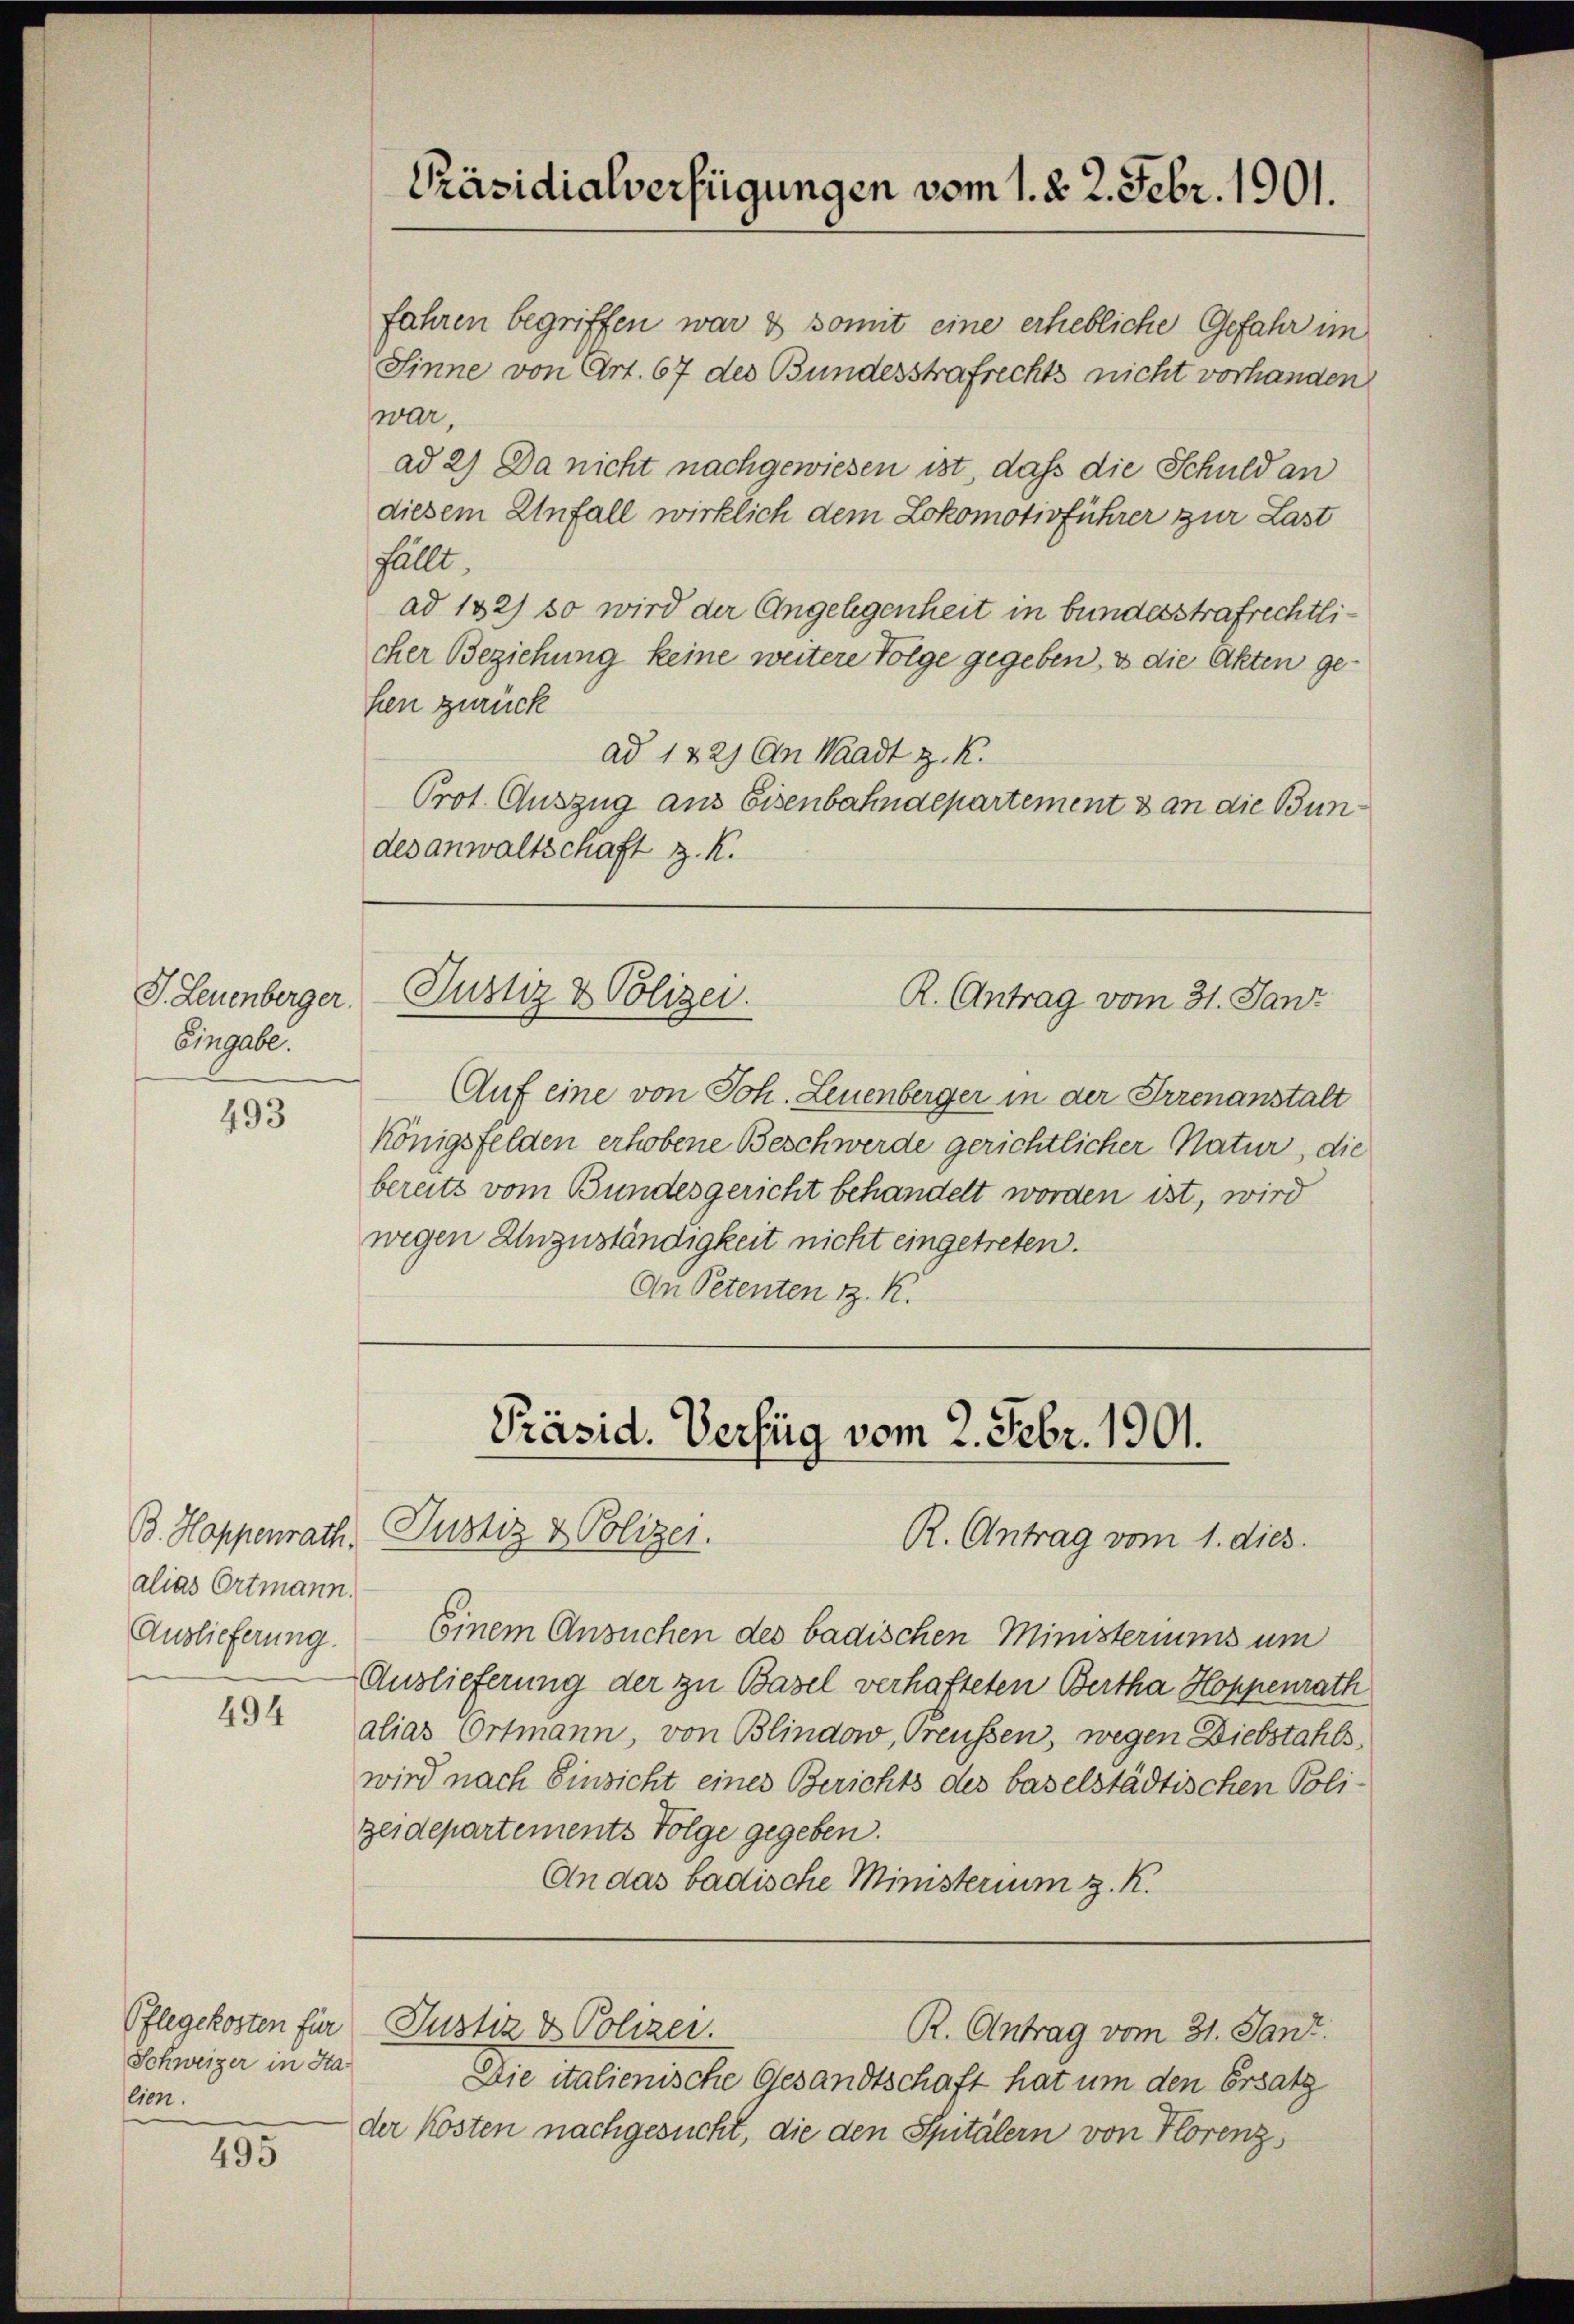
J. Leuenberger.
Eingabe.

493

B. Hoppenrath.
alias Ortmann.
Auslieferung.

494

Pflegekosten für
Schweizer in Stalien.

495

fahren begriffen war & somit eine erhebliche Gefahr im
Sinne von Art. 67 des Bundesstrafrechts nicht vorhanden
war,
ad 2) Da nicht nachgewiesen ist, daß die Schuld an
diesem Unfall wirklich dem Lokomotivführer zur Last
fällt.
ad 132) so wird der Angelegenheit in bundesstrafrechtlicher Beziehung keine weitere Folge gegeben, & die Akten gehen zurück
ad 122) An Waadt z. K.
Prot. Auszug aus Eisenbahndepartement & an die Bundesanwaltschaft z. K.

Präsidialverfügungen vom 1. d. 2. Febr. 1901.

Justiz & Polizei.
R. Antrag vom 31. Janz

Auf eine von Joh. Leuenberger in der Irrenanstalt
Königsfelden erhobene Beschwerde gerichtlicher Natur, die
bereits vom Bundesgericht behandelt worden ist, wird
wegen Unzuständigkeit nicht eingetreten.
An Petenten z. K.

Präsid. Verfüg vom 2. Febr. 1901.
Justiz & Polizei.
R. Antrag vom 1. dies.

Einem Ansuchen des badischen Ministeriums um
Auslieferung der zu Basel verhafteten Bertha Hoppenrath
alias Ortmann, von Blindow, Preussen, wegen Diebstahls,
wird nach Einsicht eines Berichts des baselstädtischen Poli-
geidepartements Folge gegeben.
An das badische Ministerium z. R.

Die italienische Gesandtschaft hat um den Ersatz
der Kosten nachgesucht, die den Spitälern von Florenz

Justiz & Polizei.

R. Antrag vom 31. Jant.